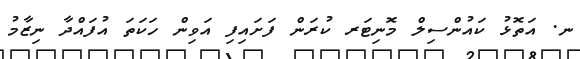
ނ. އަތޮޅު ކައުންސިލް މޮނިޓަރ ކުރަން ފަށައިފި އަވިން ހަކަތަ އުފައްދާ ނިޒާމު